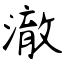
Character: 澈